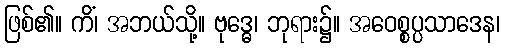
ဖြစ်၏။ ကိံ၊ အဘယ်သို့။ ဗုဒ္ဓေ၊ ဘုရား၌။ အဝေစ္စပ္ပသာဒေန၊